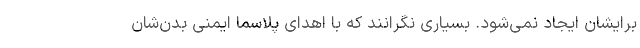
برایشان ایجاد نمی‌شود. بسیاری نگرانند که با اهدای پلاسما ایمنی بدن‌شان